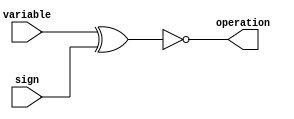
`timescale 1ns / 1ps
//////////////////////////////////////////////////////////////////////////////////
// Company: 
// Engineer: 
// 
// Design Name: 
// Module Name: Op_Select
// Project Name: 
// Target Devices: 
// Tool Versions: 
// Description: 
// 
// Dependencies: 
// 
// Revision:
// Revision 0.01 - File Created
// Additional Comments:
// 
//////////////////////////////////////////////////////////////////////////////////


module Op_Select
(
input wire variable,
input wire sign,

output reg operation
);

always @*
begin
    operation = ~(variable ^ sign);
end  
endmodule